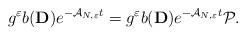
LaTeX: \begin{align*}g^\varepsilon b(\mathbf{D})e^{-\mathcal{A}_{N,\varepsilon}t}=g^\varepsilon b(\mathbf{D})e^{-\mathcal{A}_{N,\varepsilon}t}\mathcal{P}.\end{align*}